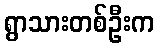
ရွာသားတစ်ဦးက